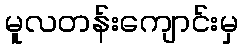
မူလတန်းကျောင်းမှ